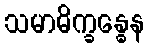
သမာဓိက္ခန္ဓေန